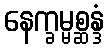
နေက္ခမ္မစ္ဆန္ဒံ